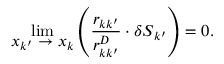
\operatorname* { l i m } _ { \displaystyle \boldsymbol { x } _ { k ^ { \prime } } \rightarrow \boldsymbol { x } _ { k } } \left( \frac { \boldsymbol { r } _ { k k ^ { \prime } } } { r _ { k k ^ { \prime } } ^ { D } } \cdot \delta \boldsymbol { S } _ { k ^ { \prime } } \right) = 0 .